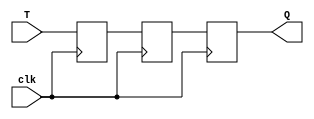
module TFF(
    input T,
    input clk,
    output reg Q
);

reg D1;
reg D2;

always @(posedge clk) begin
    D1 <= T; // Capture the input state on the rising edge of the clock
end

always @(negedge clk) begin
    D2 <= D1; // Transfer the captured state to the output on the falling edge of the clock
    Q <= D2; // Output the captured state
end

endmodule